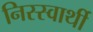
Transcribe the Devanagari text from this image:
निस्स्वार्थी